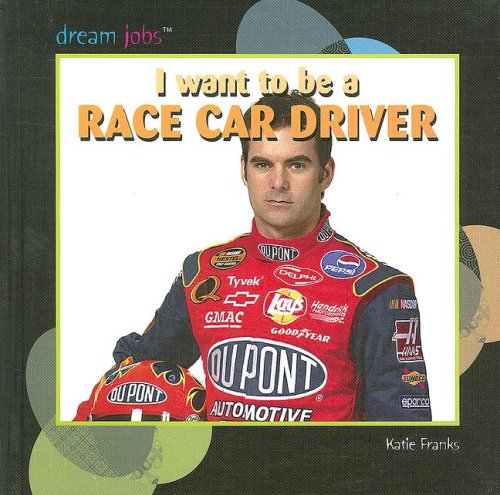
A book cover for I Want to Be a Race Car Driver (Dream Jobs); Katie Franks; Children's Books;